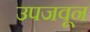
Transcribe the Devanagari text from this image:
उपजवून